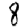
Digit: 8